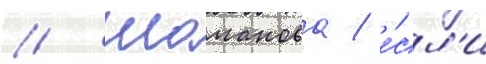
// Шаманова / е́сл'и